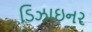
ડિઝાઇનર